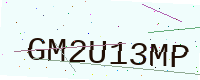
Text: GM2U13MP